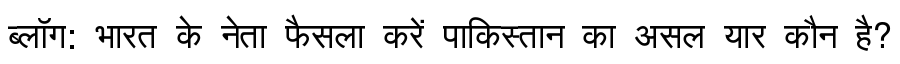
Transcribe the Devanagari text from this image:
ब्लॉग: भारत के नेता फैसला करें पाकिस्तान का असल यार कौन है?